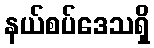
နယ်စပ်ဒေသရှိ